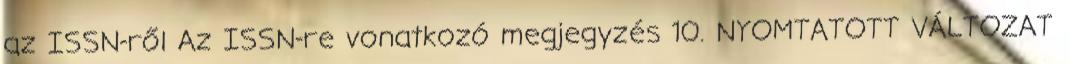
az ISSN-ről Az ISSN-re vonatkozó megjegyzés 10. NYOMTATOTT VÁLTOZAT